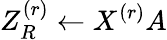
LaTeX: Z_{R}^{(r)}\gets X^{(r)}A